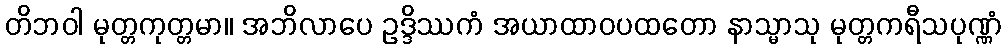
တိဘဝါ မုတ္တကုတ္တမာ။ အဘိလာပေ ဥဒ္ဒိဿကံ အယာထာဝပထတော နာသ္မာသု မုတ္တကရီသပုဏ္ဏံ